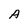
Character: A